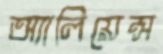
অ্যালিয়েন্স